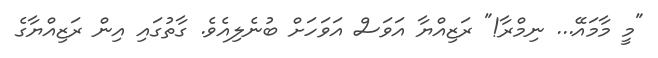
"މީ މާމައޭ... ނިމްރާ!" ރަޒިއްޔާ އަވަސް އަވަހަށް ބުނެލިއެވެ. ގާތުގައި އިން ރަޒިއްޔާގެ